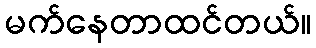
မက်နေတာထင်တယ်။